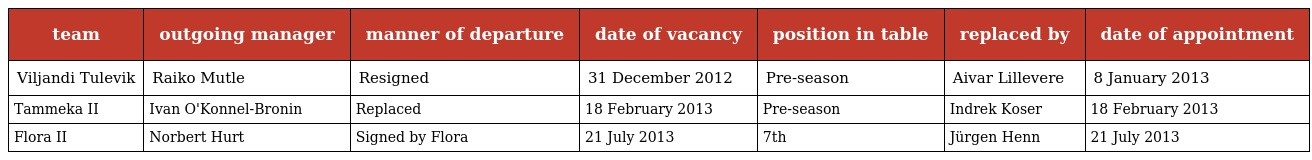
| team | outgoing manager | manner of departure | date of vacancy | position in table | replaced by | date of appointment |
 | --- | --- | --- | --- | --- | --- | --- |
 | Viljandi Tulevik | Raiko Mutle | Resigned | 31 December 2012 | Pre-season | Aivar Lillevere | 8 January 2013 |
 | Tammeka II | Ivan O'Konnel-Bronin | Replaced | 18 February 2013 | Pre-season | Indrek Koser | 18 February 2013 |
 | Flora II | Norbert Hurt | Signed by Flora | 21 July 2013 | 7th | Jürgen Henn | 21 July 2013 |